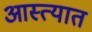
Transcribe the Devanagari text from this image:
आस्त्यात